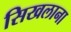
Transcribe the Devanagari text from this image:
सिखलाना